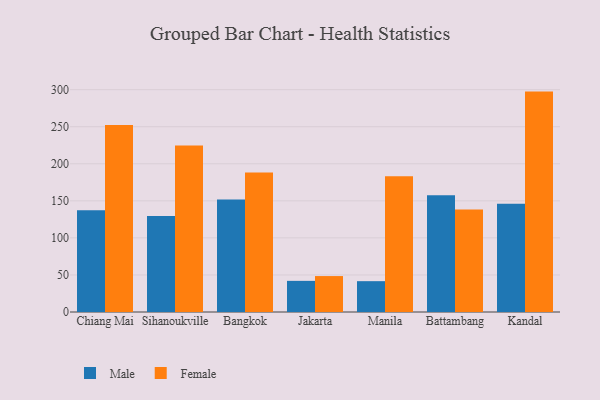
{"axis": {"x": "City", "y": "LTV (USD)"}, "legend": ["Female", "Male"], "data": [{"x": "Chiang Mai", "y": 137.2, "type": "Male"}, {"x": "Chiang Mai", "y": 252.4, "type": "Female"}, {"x": "Sihanoukville", "y": 129.6, "type": "Male"}, {"x": "Sihanoukville", "y": 224.6, "type": "Female"}, {"x": "Bangkok", "y": 151.8, "type": "Male"}, {"x": "Bangkok", "y": 188.1, "type": "Female"}, {"x": "Jakarta", "y": 42.0, "type": "Male"}, {"x": "Jakarta", "y": 48.5, "type": "Female"}, {"x": "Manila", "y": 41.6, "type": "Male"}, {"x": "Manila", "y": 183.3, "type": "Female"}, {"x": "Battambang", "y": 157.6, "type": "Male"}, {"x": "Battambang", "y": 138.4, "type": "Female"}, {"x": "Kandal", "y": 146.1, "type": "Male"}, {"x": "Kandal", "y": 297.4, "type": "Female"}]}